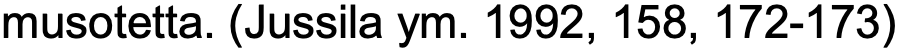
musotetta. (Jussila ym. 1992, 158, 172-173)